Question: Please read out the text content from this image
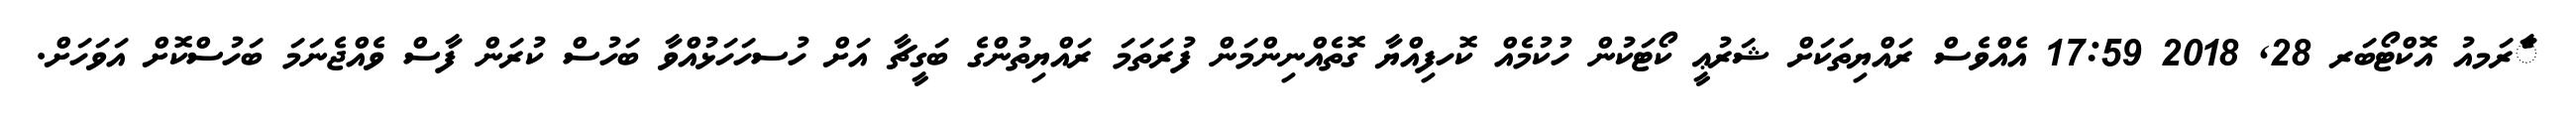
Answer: ާަެރަމއު އޮކްޓޯބަރ 28, 2018 17:59 އެއްވެސް ރައްޔިތަކަށް ޝަރުޢީ ކޯޓަކުން ހުކުމެއް ކޮހފިއްޔާ ގޮތެއްނިންމަން ފުރަތަމަ ރައްޔިތުންގެ ބަގީޗާ އަށް ހުސހަހަޅުއްވާ ބަހުސް ކުރަން ފާސް ވެއްޖެނަމަ ބަހުސްކޮށް އަވަހަށް.